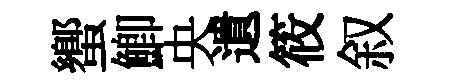
蠁鯽央遺筱叙